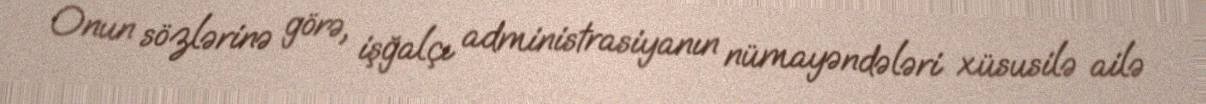
Onun sözlərinə görə, işğalçı administrasiyanın nümayəndələri xüsusilə ailə